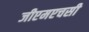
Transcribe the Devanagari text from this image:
जीएमएचसी